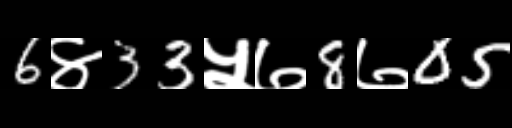
Text: 6४33५७8७05